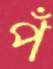
পঁ